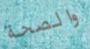
والصحة